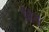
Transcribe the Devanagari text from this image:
विथ्